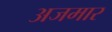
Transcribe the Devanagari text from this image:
अजमार